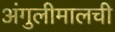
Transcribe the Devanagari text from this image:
अंगुलीमालची